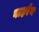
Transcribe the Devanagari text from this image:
वाहरेन